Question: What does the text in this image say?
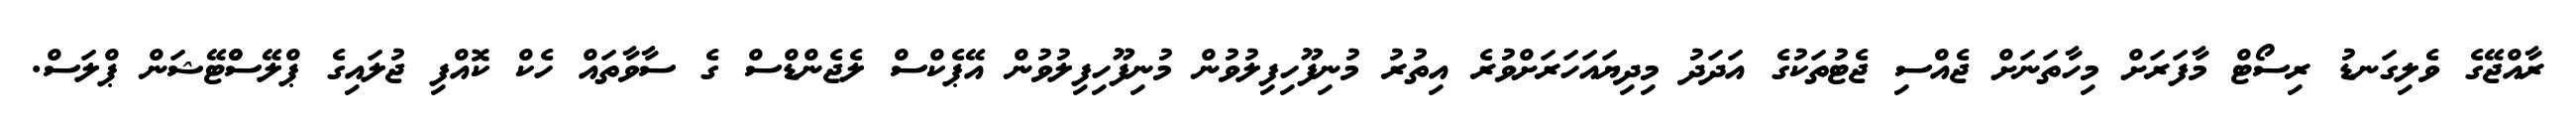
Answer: ރާއްޖޭގެ ވެލިގަނޑު ރިސޯޓް މާފަރަށް މިހާތަނަށް ޖެއްސި ޖެޓުތަކުގެ އަދަދު މިދިޔައަހަރަށްވުރެ އިތުރު މުނިފޫހިފިލުވުން މުނިފޫހިފިލުވުން އޭޕެކްސް ލެޖެންޑްސް ގެ ސާވާތައް ހެކް ކޮއްފި ޖުލައިގެ ޕްލޭސްްޓޭޝަން ޕްލަސް.